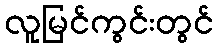
လူမြင်ကွင်းတွင်